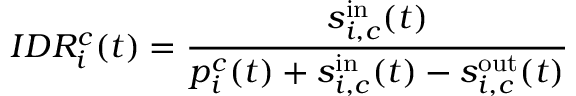
I D R _ { i } ^ { c } ( t ) = \frac { s _ { i , c } ^ { \mathrm { i n } } ( t ) } { p _ { i } ^ { c } ( t ) + s _ { i , c } ^ { \mathrm { i n } } ( t ) - s _ { i , c } ^ { \mathrm { o u t } } ( t ) }